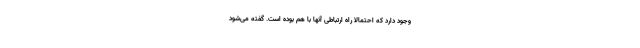
وجود دارد که احتمالا راه ارتباطی آنها با هم بوده است. گفته می‌شود